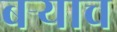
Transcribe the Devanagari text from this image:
बऱ्‍याच